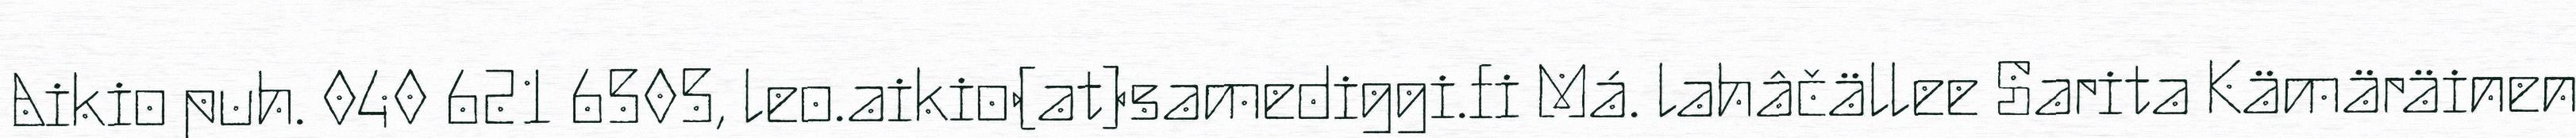
Aikio puh. 040 621 6505, leo.aikio(at)samediggi.fi Má. lahâčällee Sarita Kämäräinen